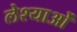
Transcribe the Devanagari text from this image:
लेश्याओं